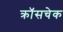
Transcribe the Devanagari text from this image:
क्रॉसचेक